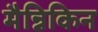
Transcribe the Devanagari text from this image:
मैन्निकिन